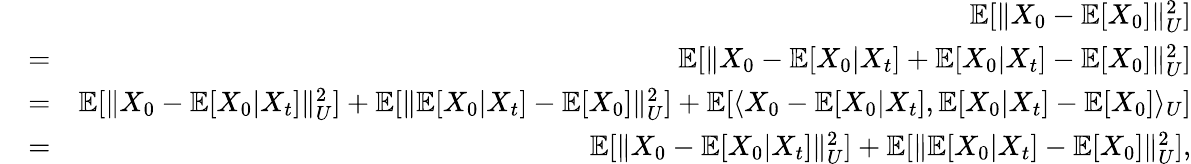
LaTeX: \begin{array}{rlr}&{}&{\mathbb{E}[\| X_{0}-\mathbb{E}[X_{0}]\| _{U}^{2}]}\\ &{=}&{\mathbb{E}[\| X_{0}-\mathbb{E}[X_{0}|X_{t}]+\mathbb{E}[X_{0}|X_{t}]-\mathbb{E}[X_{0}]\| _{U}^{2}]}\\ &{=}&{\mathbb{E}[\| X_{0}-\mathbb{E}[X_{0}|X_{t}]\| _{U}^{2}]+\mathbb{E}[\| \mathbb{E}[X_{0}|X_{t}]-\mathbb{E}[X_{0}]\| _{U}^{2}]+\mathbb{E}[\langle X_{0}-\mathbb{E}[X_{0}|X_{t}],\mathbb{E}[X_{0}|X_{t}]-\mathbb{E}[X_{0}]\rangle_{U}]}\\ &{=}&{\mathbb{E}[\| X_{0}-\mathbb{E}[X_{0}|X_{t}]\| _{U}^{2}]+\mathbb{E}[\| \mathbb{E}[X_{0}|X_{t}]-\mathbb{E}[X_{0}]\| _{U}^{2}],}\end{array}